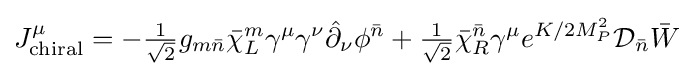
J_{\text{chiral}}^{\mu }=-{\tfrac {1}{\sqrt {2}}}g_{m{\bar {n}}}{\bar {\chi }}_{L}^{m}\gamma ^{\mu }\gamma ^{\nu }{\hat {\partial }}_{\nu }\phi ^{\bar {n}}+{\tfrac {1}{\sqrt {2}}}{\bar {\chi }}_{R}^{\bar {n}}\gamma ^{\mu }e^{K/2M_{P}^{2}}{\mathcal {D}}_{\bar {n}}{\bar {W}}